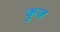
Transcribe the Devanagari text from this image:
कुज